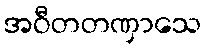
အဝီတတဏှာသေ